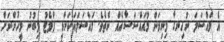
އެ މައްސަލަ ނުހިނގާ މިނިވަން މުއައްސަސާއެއް ނެތެވެ. މައްސަލައަކަށްވީ ފްލެޓު ލިބުނު މީހުންނަށް